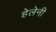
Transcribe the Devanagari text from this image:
हेलेनी